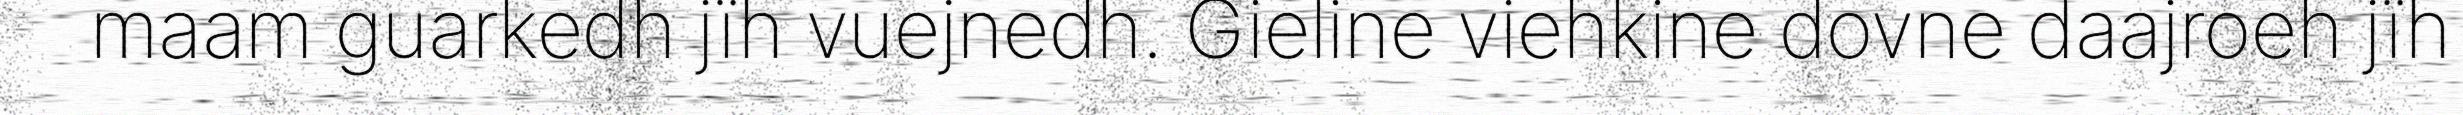
maam guarkedh jïh vuejnedh. Gieline viehkine dovne daajroeh jïh